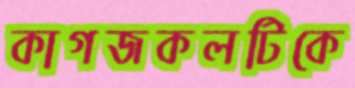
কাগজকলটিকে